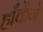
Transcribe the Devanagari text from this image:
हाँकेंगे